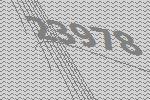
23978